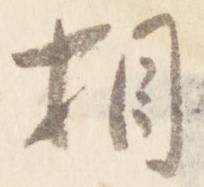
相